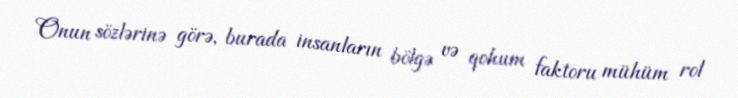
Onun sözlərinə görə, burada insanların bölgə və qohum faktoru mühüm rol